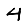
Digit: 4